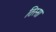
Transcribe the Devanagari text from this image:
तिस्सा